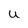
Character: u